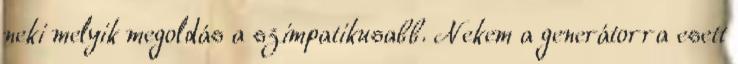
neki melyik megoldás a szimpatikusabb. Nekem a generátorra esett